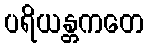
ပရိယန္တကတေ